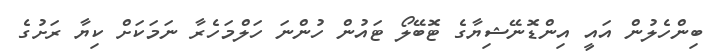
ބިންހެލުން އައީ އިންޑޮނޭޝިޔާގެ ޓޮބޭލޯ ޓައުން ހުންނަ ހަލްމަހެރާ ނަމަކަށް ކިޔާ ރަށުގެ